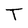
Character: T